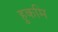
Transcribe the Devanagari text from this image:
हुकमि